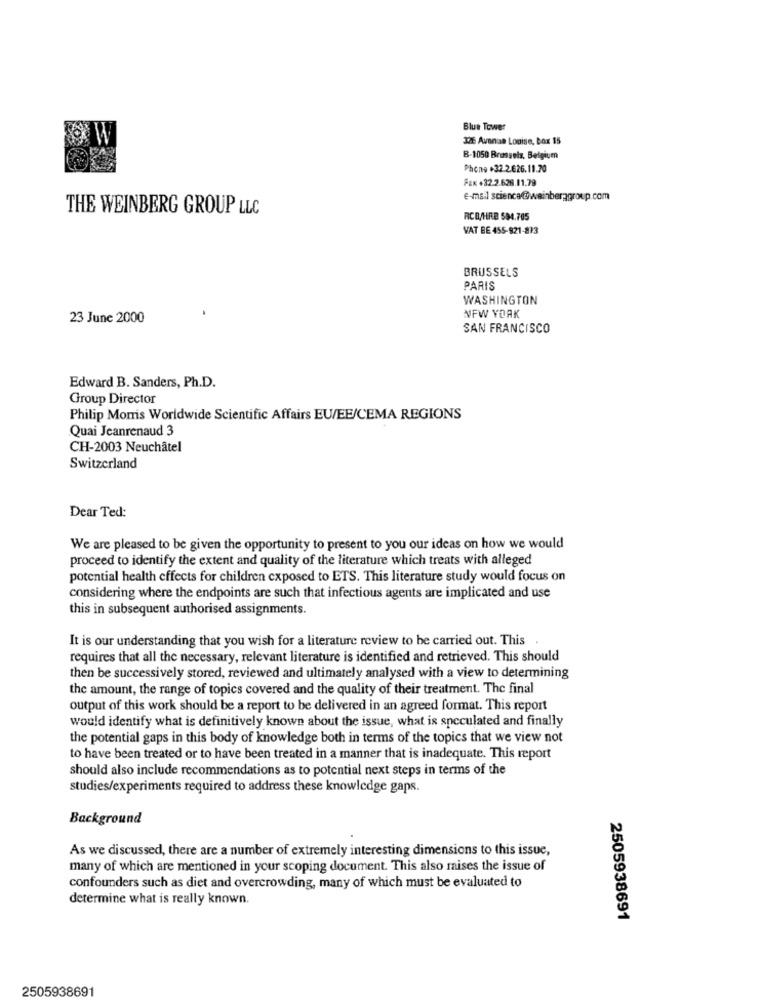
Blue Tower
32 Avenue Louise, box 15
B-1050 Brussels, Belgium
Phone +32.2.626.11.70
Fax +32.2.626.11.79
E-mail science@weinberggroup.com
THE WEINBERG GROUP LLC
RCB/HRB 594.705
VAT BE 455-921-873
BRUSSELS
PARIS
WASHINGTON
23 June 2000
NEW YORK
SAN FRANCISCO
Edward B. Sanders, Ph.D.
Group Director
Philip Morris Worldwide Scientific Affairs EU/EE/CEMA REGIONS
Quai Jeanrenaud 3
CH-2003 Neuchâtel
Switzerland
Dear Ted:
We are pleased to be given the opportunity to present to you our ideas on how we would
proceed to identify the extent and quality of the literature which treats with alleged
potential health effects for children exposed to ETS. This literature study would focus on
considering where the endpoints are such that infectious agents are implicated and use
this in subsequent authorised assignments.
It is our understanding that you wish for a literature review to be carried out. This
requires that all the necessary, relevant literature is identified and retrieved. This should
then be successively stored, reviewed and ultimately analysed with a view to determining
the amount, the range of topics covered and the quality of their treatment. The final
output of this work should be a report to be delivered in an agreed format. This report
would identify what is definitively known about the issue, what is speculated and finally
the potential gaps in this body of knowledge both in terms of the topics that we view not
to have been treated or to have been treated in a manner that is inadequate. This report
should also include recommendations as to potential next steps in terms of the
studies/experiments required to address these knowledge gaps.
Background
As we discussed, there are a number of extremely interesting dimensions to this issue,
many of which are mentioned in your scoping document. This also raises the issue of
confounders such as diet and overcrowding, many of which must be evaluated to
determine what is really known.
2505938691
2505938691